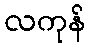
လကုန်